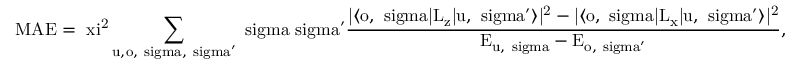
\mathrm { M A E = \ x i ^ { 2 } \sum _ { u , o , \ s i g m a , \ s i g m a ^ { \prime } } \ s i g m a \ s i g m a ^ { \prime } \frac { | \langle o , \ s i g m a | L _ { z } | u , \ s i g m a ^ { \prime } \rangle | ^ { 2 } - | \langle o , \ s i g m a | L _ { x } | u , \ s i g m a ^ { \prime } \rangle | ^ { 2 } } { E _ { u , \ s i g m a } - E _ { o , \ s i g m a ^ { \prime } } } , }